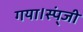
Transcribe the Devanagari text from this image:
गया।स्प्ंजी